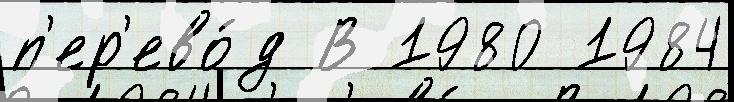
п'ер'ево́д В 1980 1984